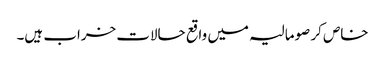
خاص کر صومالیہ میں واقع حالات خراب ہیں۔